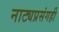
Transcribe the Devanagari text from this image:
नाट्यप्रसंगही